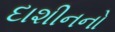
દાશીનનો